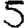
Digit: 5